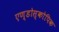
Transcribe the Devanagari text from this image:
एण्डोस्कोपिक